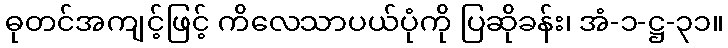
ဓုတင်အကျင့်ဖြင့် ကိလေသာပယ်ပုံကို ပြဆိုခန်း၊ အံ-၁-ဋ္ဌ-၃၁။